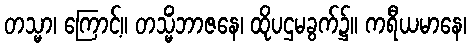
တသ္မာ၊ ကြောင့်။ တသ္မိံဘာဇနေ၊ ထိုပဌမခွက်၌။ ကရီယမာနေ၊